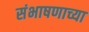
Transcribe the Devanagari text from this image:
संभाषणाच्या